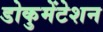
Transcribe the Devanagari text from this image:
डोकुमेंटेशन